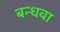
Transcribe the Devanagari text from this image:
बन्धवा